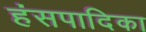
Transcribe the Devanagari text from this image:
हंसपादिका